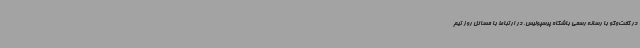
در گفت‌وگو با رسانه رسمی باشگاه پرسپولیس، در ارتباط با مسائل روز تیم